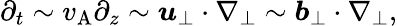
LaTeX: \partial_{t}\sim v_{\mathrm{A}}\partial_{z}\sim\boldsymbol{u}_{\perp}\cdot\nabla_{\perp}\sim\boldsymbol{b}_{\perp}\cdot\nabla_{\perp},